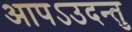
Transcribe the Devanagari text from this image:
आपऽउदन्तु